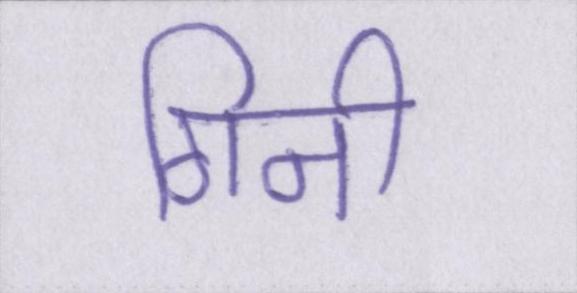
गिनी